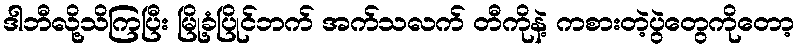
ဒါဘီလို့သိကြပြီး မြို့ခံပြိုင်ဘက် အက်သလက် တီကိုနဲ့ ကစားတဲ့ပွဲတွေကိုတော့